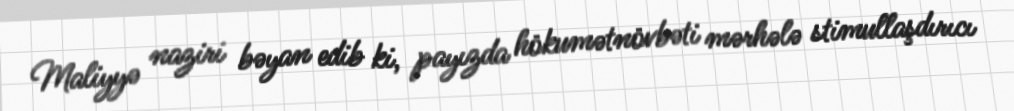
Maliyyə naziri bəyan edib ki, payızda hökumətnövbəti mərhələ stimullaşdırıcı